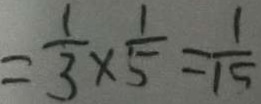
= \frac { 1 } { 3 } \times \frac { 1 } { 5 } = \frac { 1 } { 1 5 }